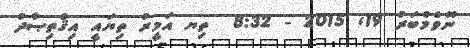
ނޮވެމްބަރު 19